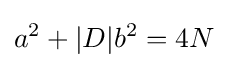
a^{2}+|D|b^{2}=4N